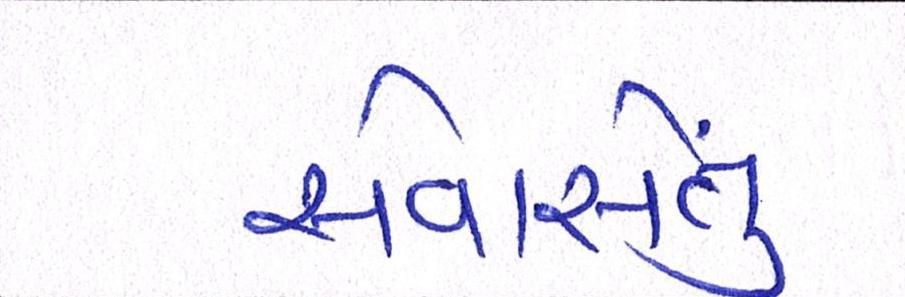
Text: સેવાસેતુ